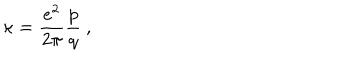
LaTeX: \kappa = \frac { e ^ { 2 } } { 2 \pi } \frac { p } { q } \ ,